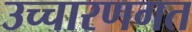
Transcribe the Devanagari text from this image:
उच्‍चारणगत